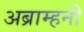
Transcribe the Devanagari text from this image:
अब्राम्हनी